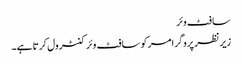
سافٹ وئر
زیر نظر پروگرامر کو سافٹ وئر کنٹرول کرتا ہے۔